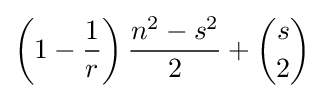
\left(1-{\frac {1}{r}}\right){\frac {n^{2}-s^{2}}{2}}+{s \choose 2}